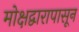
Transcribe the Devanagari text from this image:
मोक्षद्वारापासून